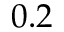
0 . 2